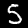
Label: 5